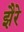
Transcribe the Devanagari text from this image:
झैरे